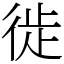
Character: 徙